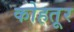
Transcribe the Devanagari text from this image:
कोहतूर